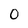
Character: 0